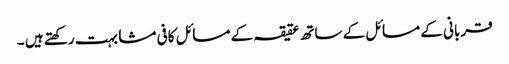
قربانی کے مسائل کے ساتھ عقیقہ کے مسائل کافی مشابہت رکھتے ہیں ۔